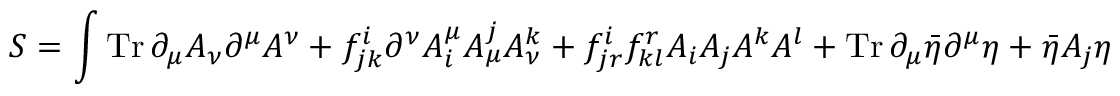
S = \int \operatorname { T r } \partial _ { \mu } A _ { \nu } \partial ^ { \mu } A ^ { \nu } + f _ { j k } ^ { i } \partial ^ { \nu } A _ { i } ^ { \mu } A _ { \mu } ^ { j } A _ { \nu } ^ { k } + f _ { j r } ^ { i } f _ { k l } ^ { r } A _ { i } A _ { j } A ^ { k } A ^ { l } + \operatorname { T r } \partial _ { \mu } { \bar { \eta } } \partial ^ { \mu } \eta + { \bar { \eta } } A _ { j } \eta